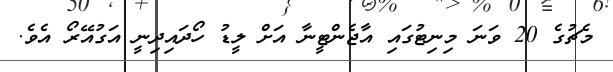
މެޗުގެ 20 ވަނަ މިނިޓުގައި އާޖެންޓީނާ އަށް ލީޑު ހޯދައިދިނީ އަގުއޭރޯ އެވެ.